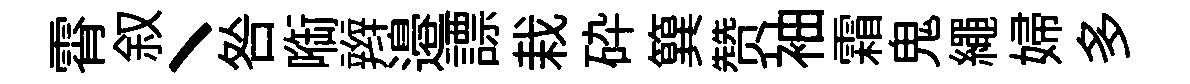
霄叙丶咎㗸辫邉謤栽砕簨赞袖霜鬼繩婦多